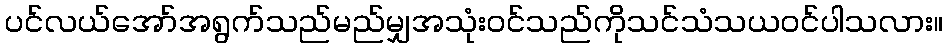
ပင်လယ်အော်အရွက်သည်မည်မျှအသုံးဝင်သည်ကိုသင်သံသယဝင်ပါသလား။